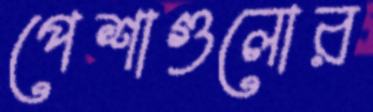
পেশাগুলোর